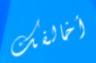
أخالفك